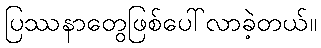
ပြဿနာတွေဖြစ်ပေါ်လာခဲ့တယ်။